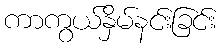
ကာကွယ်နှိမ်နင်းခြင်း